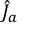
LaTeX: { \hat { J } } _ { a }